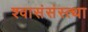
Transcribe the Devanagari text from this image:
श्वासंसंस्त्था